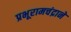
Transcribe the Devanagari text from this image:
प्रभूरामचंद्राने